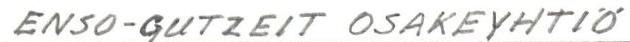
ENSO-GUTZEIT OSAKEYHTIÖ